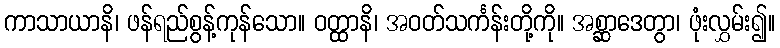
ကာသာယာနိ၊ ဖန်ရည်စွန့်ကုန်သော။ ဝတ္ထာနိ၊ အဝတ်သင်္ကန်းတို့ကို။ အစ္ဆာဒေတွာ၊ ဖုံးလွှမ်း၍။